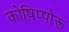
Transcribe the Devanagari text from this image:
कोष़िप्पोरू